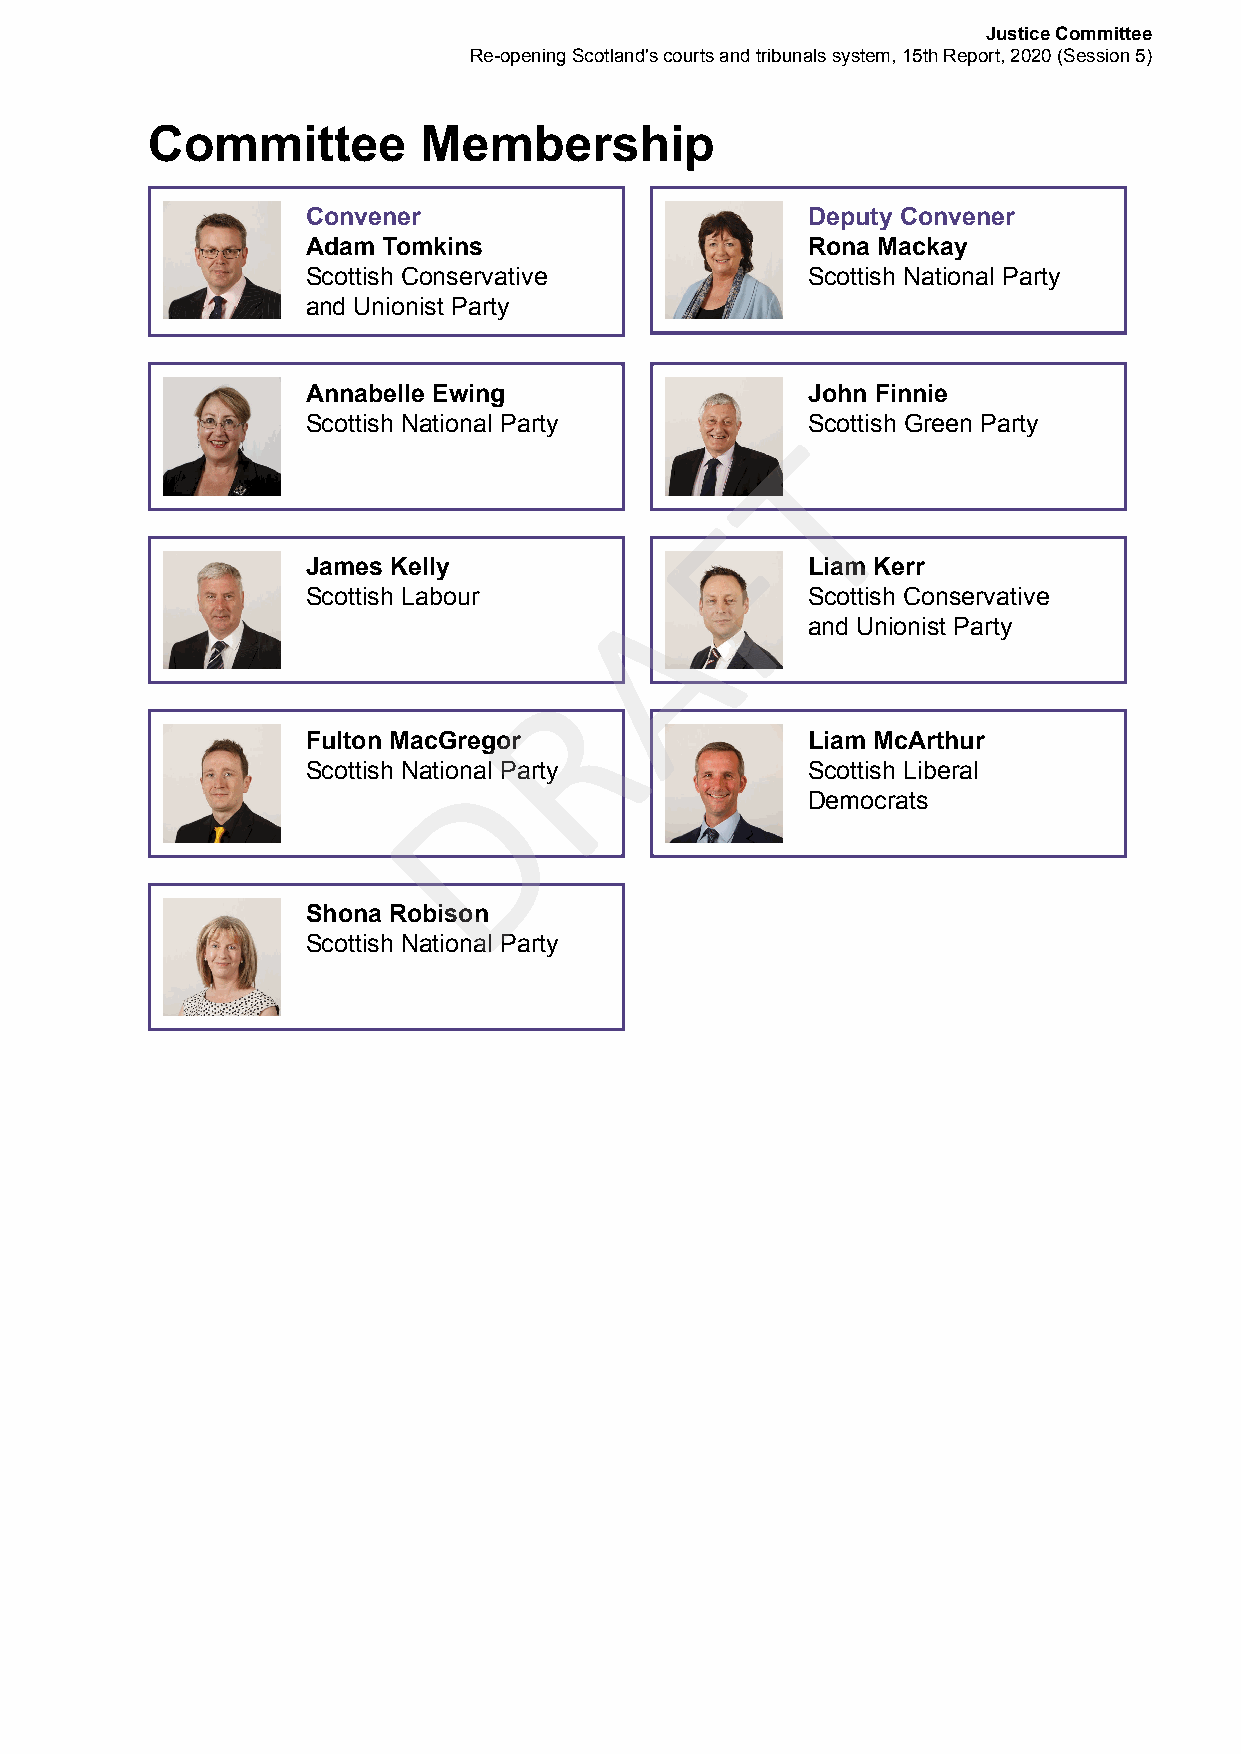
Justice Committee
 Re-opening Scotland's courts and tribunals system, 15th Report, 2020 (Session 5)
 Committee         Membership
 Convener                         Deputy Convener
 Adam Tomkins                     Rona Mackay
 Scottish Conservative            Scottish National Party
 and Unionist Party
 Annabelle Ewing                  John Finnie
 Scottish National Party          Scottish Green Party
 T
 F
 James Kelly                      Liam Kerr
 A
 Scottish Labour                  Scottish Conservative
 and Unionist Party
 R
 Fulton MacGregor                 Liam McArthur
 D
 Scottish National Party          Scottish Liberal
 Democrats
 Shona Robison
 Scottish National Party